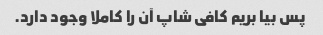
پس بیا بریم کافی شاپ آن را کاملا وجود دارد.